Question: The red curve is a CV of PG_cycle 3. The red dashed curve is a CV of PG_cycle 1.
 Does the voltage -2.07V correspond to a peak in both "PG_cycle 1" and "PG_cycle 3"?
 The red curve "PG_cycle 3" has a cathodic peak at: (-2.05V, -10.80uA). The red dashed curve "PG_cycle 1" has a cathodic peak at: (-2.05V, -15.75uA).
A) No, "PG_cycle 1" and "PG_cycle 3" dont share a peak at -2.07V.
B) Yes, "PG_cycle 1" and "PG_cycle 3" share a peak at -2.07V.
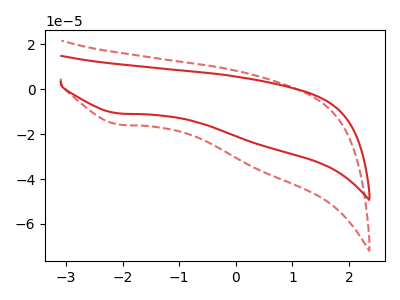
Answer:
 <answer>B) Yes, "PG_cycle 1" and "PG_cycle 3" share a peak at -2.07V.</answer>
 <eval>B</eval>